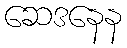
ဆေဒနေန